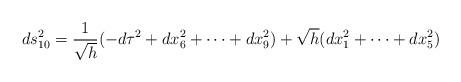
LaTeX: \begin{align*}ds_{10}^2 = \frac{1}{\sqrt{h}} (- d \tau^2 + dx_6^2 + \cdots+ dx_9^2 ) + \sqrt{h} ( dx_1^2 + \cdots + dx_5^2 )\end{align*}